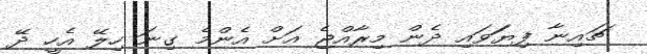
ޗައިނާ ފިޔަަވައި ދެން މިރާއްޖެ އަށް އެންމެ ގިނަ ހިލޭ އެހީ ދޭ